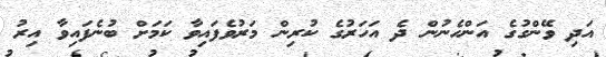
އަދި ވޭންގުގެ އަންހެނުން ދެ އަހަރުގެ ކުރިން މަރުވެފައިވާ ކަމަށް ބުނެފައިވާ އިރު